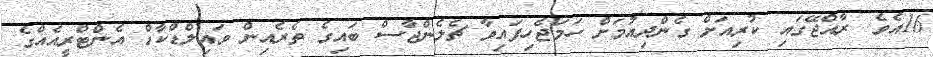
16އެވެ. ރާއްޖޭގައި ކުރިއަށް ގެންދިއުމަށް ހަމަޖެހިފައިވާ ޗެލެންޖާސް ބައިގެ ތެރެއިން ވައިލްޑްކާޑް އެންޓްރީއެއްގެ